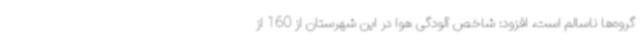
گروه‌ها ناسالم است، افزود: شاخص آلودگی هوا در این شهرستان از 160 از